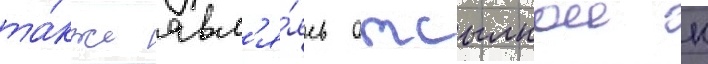
та́кже явл'я́ясь отсылкои к